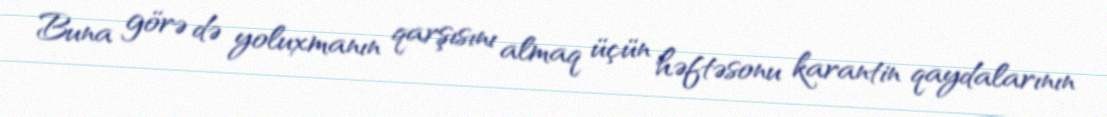
Buna görə də yoluxmanın qarşısını almaq üçün həftəsonu karantin qaydalarının